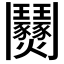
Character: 𩰟